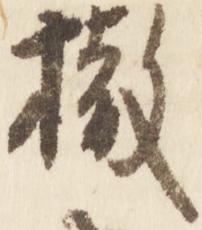
撤